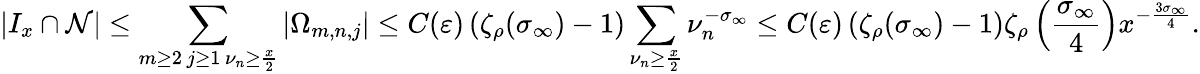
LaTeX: \left|I_{x}\cap\mathcal{N}\right|\leq\sum_{\substack{m\geq 2\, j\geq 1\, \nu_{n}\geq\frac{x}{2}}}|\Omega_{m,n,j}|\leq C(\varepsilon)\left(\zeta_{\rho}(\sigma_{\infty})-1\right)\sum_{\nu_{n}\geq\frac{x}{2}}\nu_{n}^{-\sigma_{\infty}}\leq C(\varepsilon)\left(\zeta_{\rho}(\sigma_{\infty})-1\right)\zeta_{\rho}\left(\frac{\sigma_{\infty}}{4}\right)x^{-\frac{3\sigma_{\infty}}{4}}.